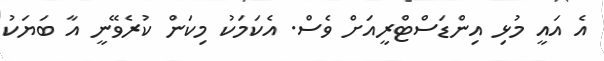
އެ އައީ މުޅި އިންޑަސްޓްރީއަށް ވެސް. އެކަމަކު މިކަން ކުރެވޭނީ އާ ބަޔަކު